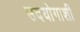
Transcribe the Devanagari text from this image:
उदयोगाशी